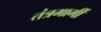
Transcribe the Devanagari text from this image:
तंत्रमार्गी